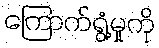
ကြောက်ရွံ့မှုကို